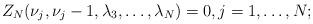
LaTeX: \begin{align*}Z_N(\nu_j, \nu_j - 1, \lambda_3, \dots, \lambda_N) = 0,j = 1, \dots, N;\end{align*}